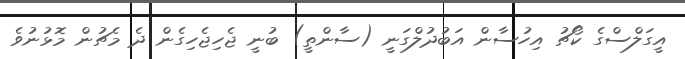
އީގަލްސްގެ ކޯޗު އިހުސާން އަބުދުލްގަނީ (ސާންތީ) ބުނީ ޖެހިޖެހިގެން ދެ މެޗުން މޮޅުނުވެ